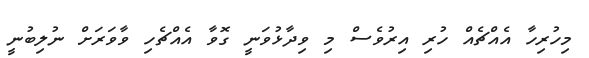
މިހުރިހާ އެއްޗެއް ހުރި އިރުވެސް މި ވިދާޅުވަނީ ގޮވާ އެއްޗެހި ވާވަރަށް ނުލިބުނީ